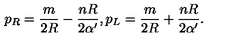
p _ { R } = { \frac { m } { 2 R } } - { \frac { n R } { 2 \alpha ^ { \prime } } } , p _ { L } = { \frac { m } { 2 R } } + { \frac { n R } { 2 \alpha ^ { \prime } } } .